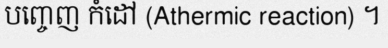
បញ្ចេញ កំដៅ (Athermic reaction) ។